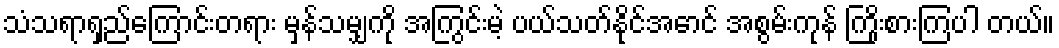
သံသရာရှည်ကြောင်းတရား မှန်သမျှကို အကြွင်းမဲ့ ပယ်သတ်နိုင်အောင် အစွမ်းကုန် ကြိုးစားကြပါ တယ်။